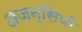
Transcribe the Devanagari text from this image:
अजन्सियों